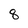
Character: 8